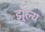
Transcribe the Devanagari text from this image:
झुल्य